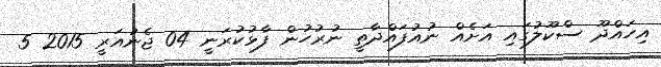
އިހައްދޫ ސްކޫލުގައި އަށެއް ނުއުފައްދާތީ ނުރުހުން ފާޅުކުރަނީ 04 ޖެނުއަރީ 2015 5